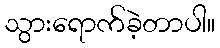
သွားရောက်ခဲ့တာပါ။